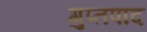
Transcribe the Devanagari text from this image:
गुप्तपाद